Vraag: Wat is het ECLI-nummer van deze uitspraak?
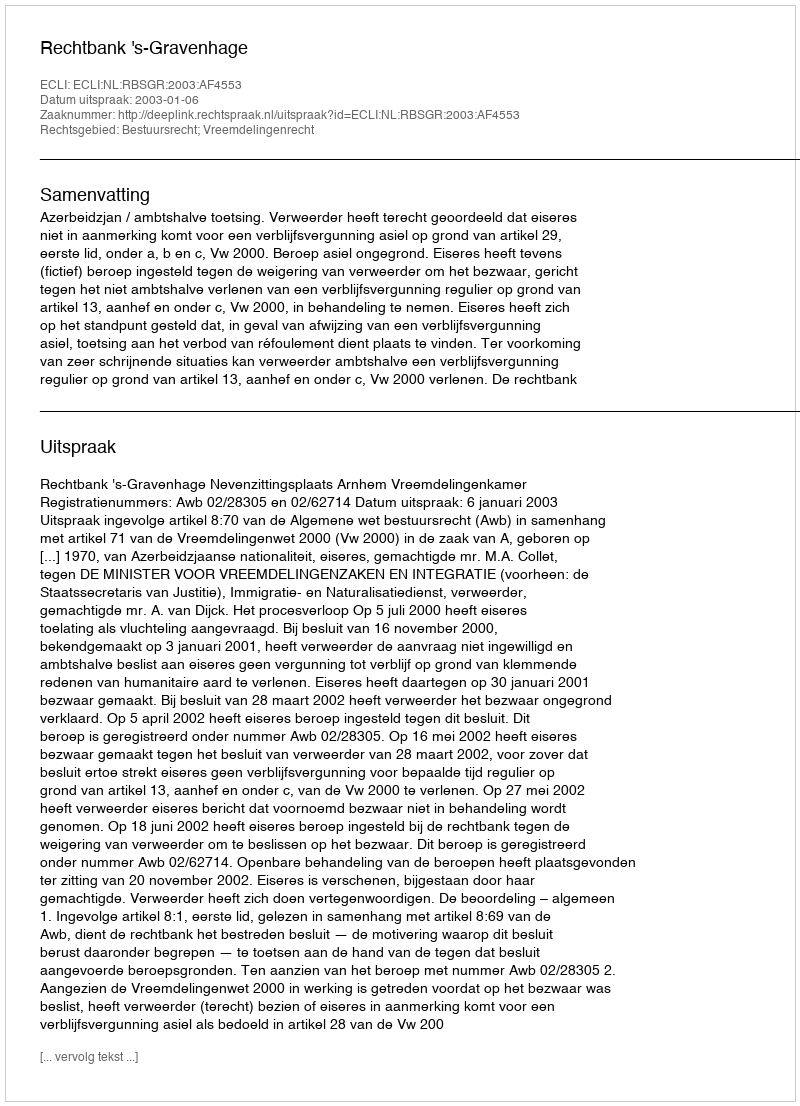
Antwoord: ECLI:NL:RBSGR:2003:AF4553